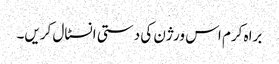
براہ کرم اس ورژن کی دستی انسٹال کریں۔